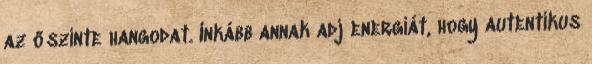
az őszinte hangodat. Inkább annak adj energiát, hogy autentikus